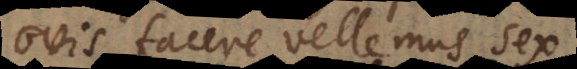
ovis facere vellemus sex,